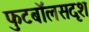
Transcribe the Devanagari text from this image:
फुटबॉलसदृश